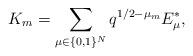
LaTeX: \begin{align*}K_m = \sum_{\mu \in \lbrace 0,1 \rbrace^N}q^{1/2 - \mu_m} E_\mu^*,\end{align*}